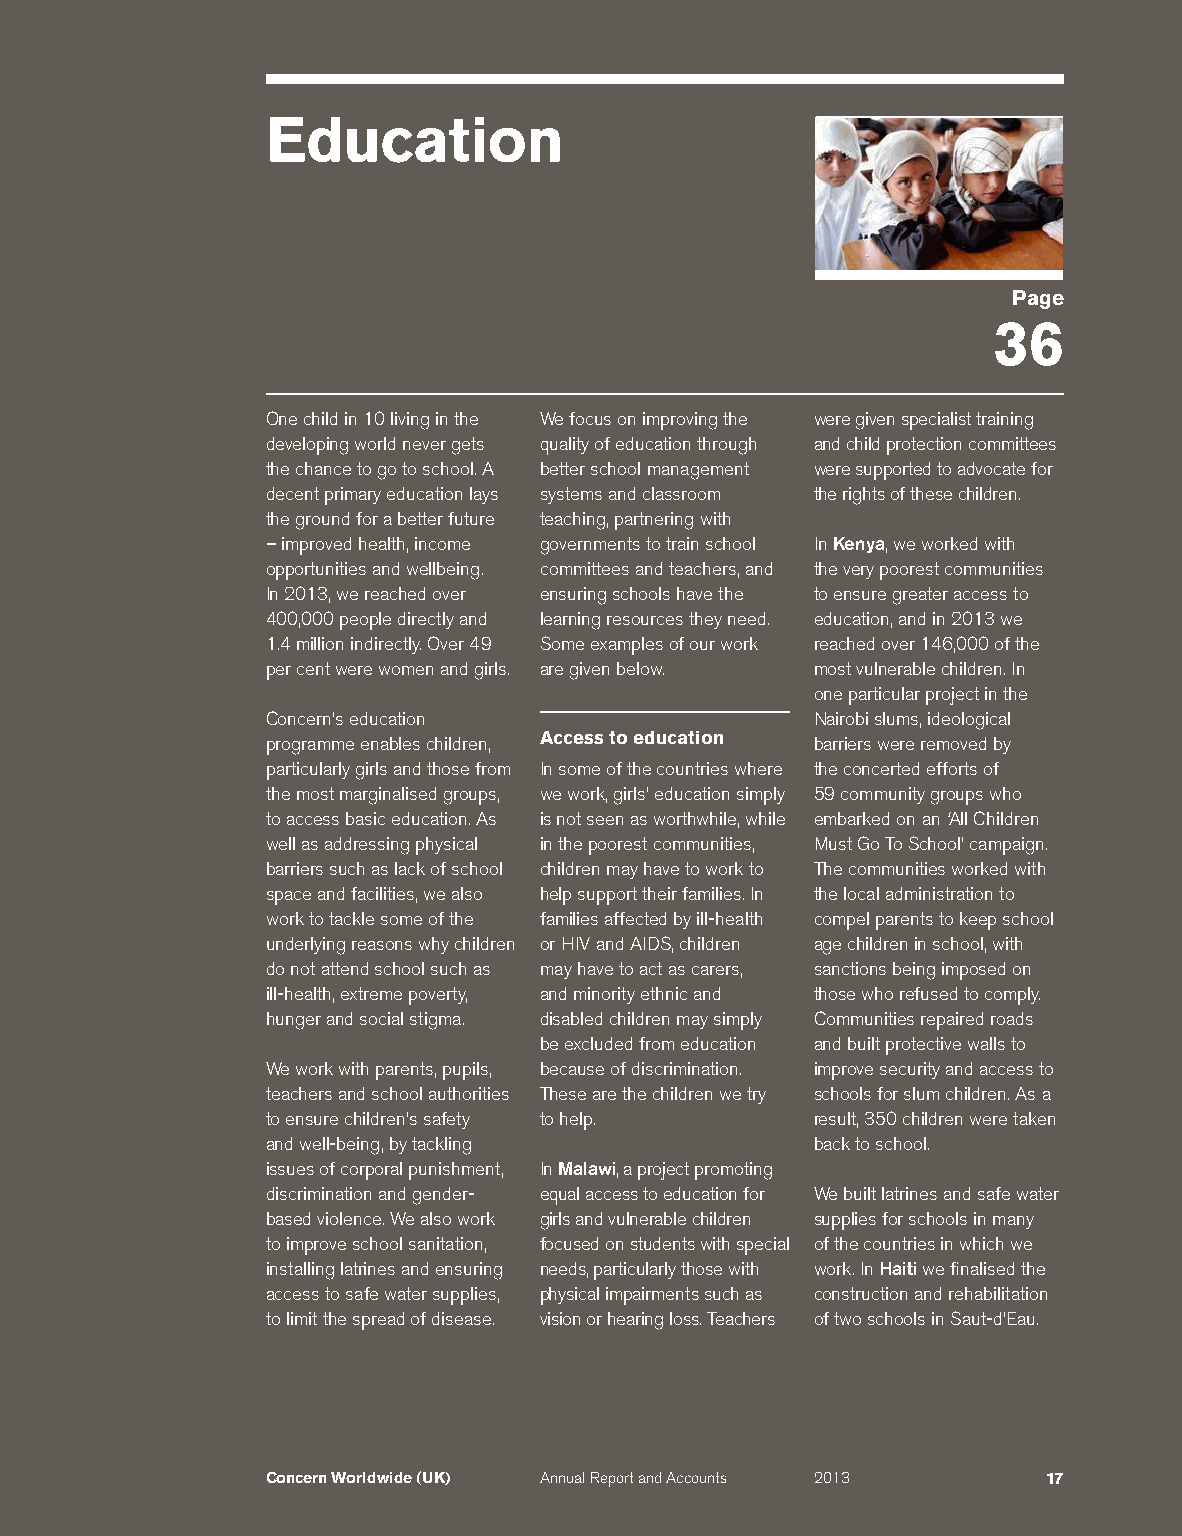
Education
 Page
 36
 One child in 10 living in the We focus on improving the were given specialist training
 developing world never gets quality of education through and child protection committees
 the chance to go to school. A better school management were supported to advocate for
 decent primary education lays systems and classroom the rights of these children.
 the ground for a better future teaching, partnering with
 – improved health, income governments to train school In Kenya, we worked with
 opportunities and wellbeing. committees and teachers, and the very poorest communities
 In 2013, we reached over ensuring schools have the to ensure greater access to
 400,000 people directly and learning resources they need. education, and in 2013 we
 1.4 million indirectly. Over 49 Some examples of our work reached over 146,000 of the
 per cent were women and girls. are given below. most vulnerable children. In
 one particular project in the
 Concern’s education                 Nairobi slums, ideological
 programme enables children, Access to education barriers were removed by
 particularly girls and those from In some of the countries where the concerted efforts of
 the most marginalised groups, we work, girls’ education simply 59 community groups who
 to access basic education. As is not seen as worthwhile, while embarked on an ‘All Children
 well as addressing physical in the poorest communities, Must Go To School’ campaign.
 barriers such as lack of school children may have to work to The communities worked with
 space and facilities, we also help support their families. In the local administration to
 work to tackle some of the families affected by ill-health compel parents to keep school
 underlying reasons why children or HIV and AIDS, children age children in school, with
 do not attend school such as may have to act as carers, sanctions being imposed on
 ill-health, extreme poverty, and minority ethnic and those who refused to comply.
 hunger and social stigma. disabled children may simply Communities repaired roads
 be excluded from education and built protective walls to
 We work with parents, pupils, because of discrimination. improve security and access to
 teachers and school authorities These are the children we try schools for slum children. As a
 to ensure children’s safety to help. result, 350 children were taken
 and well-being, by tackling         back to school.
 issues of corporal punishment, In Malawi, a project promoting
 discrimination and gender- equal access to education for We built latrines and safe water
 based violence. We also work girls and vulnerable children supplies for schools in many
 to improve school sanitation, focused on students with special of the countries in which we
 installing latrines and ensuring needs, particularly those with work. In Haiti we finalised the
 access to safe water supplies, physical impairments such as construction and rehabilitation
 to limit the spread of disease. vision or hearing loss. Teachers of two schools in Saut-d’Eau.
 Concern Worldwide (UK) Annual Report and Accounts 2013 17